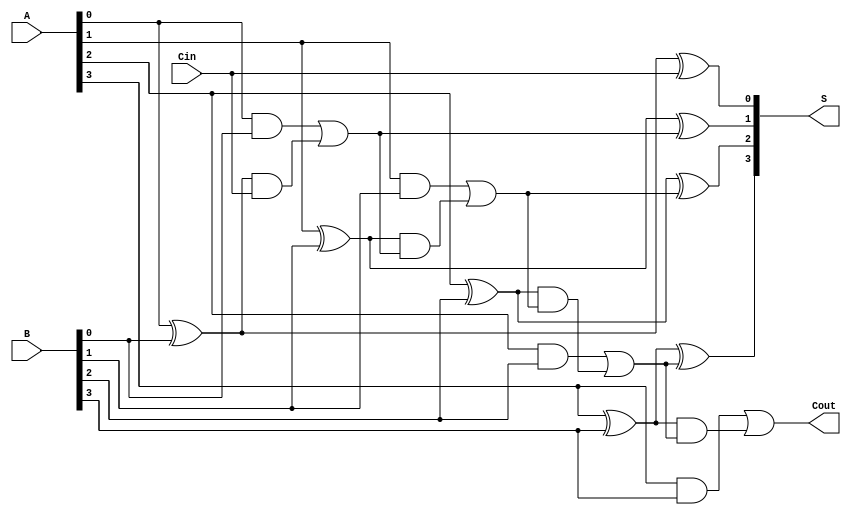
// 4 bit full adder
/* ////////// WELCOME /////////////// */


`timescale 1ns/1ps
module full_adder( A, B, Cin, S, Cout);
 input wire [3:0] A, B;
 input wire Cin;
 output reg Cout;
 output reg [3:0] S ;
  reg [2:0] w;

  always @(A or B or Cin)
  begin 
       S[0] = A[0] ^ B[0] ^ Cin; 
       w[0] = A[0]&B[0] | (A[0]^B[0]) & Cin; 
    
       S[1] = A[1] ^ B[1] ^ w[0]; 
       w[1] = A[1]&B[1] | (A[1]^B[1]) & w[0]; 
    
       S[2] = A[2] ^ B[2] ^ w[1]; 
       w[2] = A[2]&B[2] | (A[2]^B[2]) & w[1]; 
    
       S[3] = A[3] ^ B[3] ^ w[2]; 
       Cout = A[3]&B[3] | (A[3]^B[3]) & w[2]; 

      

  end
endmodule